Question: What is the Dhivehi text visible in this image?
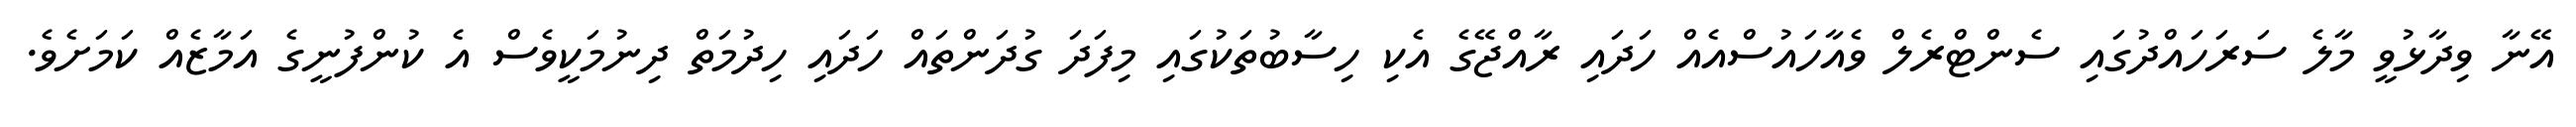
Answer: އޭނާ ވިދާޅުވީ މާލެ ސަރަހައްދުގައި ސެންޓްރެލް ވެއާހައުސްއެއް ހަދައި ރާއްޖޭގެ އެކި ހިސާބުތަކުގައި މިފަދަ ގުދަންތައް ހަދައި ހިދުމަތް ދިނުމަކީވެސް އެ ކުންފުނީގެ އަމާޒެއް ކަމަށެވެ.